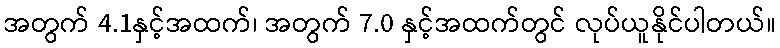
အတွက် 4.1နှင့်အထက်၊ အတွက် 7.0 နှင့်အထက်တွင် လုပ်ယူနိုင်ပါတယ်။